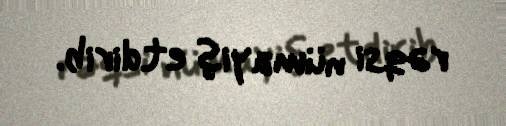
rəqsi nümayiş etdirib.